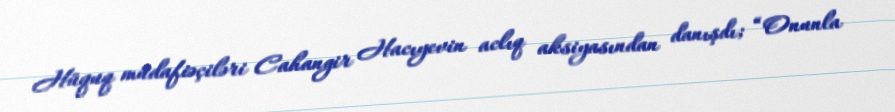
Hüquq müdafiəçiləri Cahangir Hacıyevin aclıq aksiyasından danışdı; “Onunla